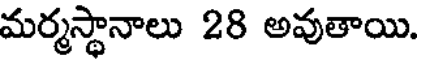
మర్మస్థానాలు 28 అవుతాయి.